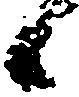
候